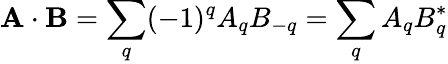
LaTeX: \mathbf{A}\cdot\mathbf{B}=\sum_{q}(-1)^{q}A_{q}B_{-q}=\sum_{q}A_{q}B_{q}^{*}